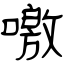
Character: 噭